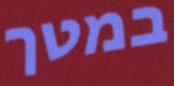
במטך